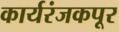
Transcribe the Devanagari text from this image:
कार्यरंजकपूर